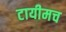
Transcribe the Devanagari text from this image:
टायीमच